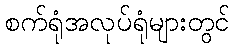
စက်ရုံအလုပ်ရုံများတွင်